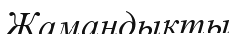
Жамандыкты